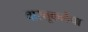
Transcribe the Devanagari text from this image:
वास्तूकलेचा